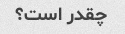
چقدر است؟